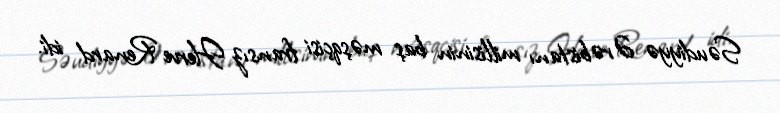
Səudiyyə Ərəbistanı millisinin baş məşqçisi fransız Herve Renard idi.